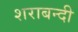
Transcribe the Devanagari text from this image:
शराबन्दी